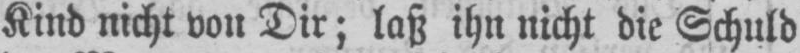
Kind nicht von Dir; laß ihn nicht die Schuld